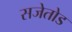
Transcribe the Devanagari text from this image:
सजेतोड